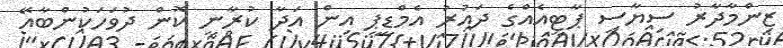
ޒިންމާދާރު ސިޔާސީ ޕާޓީއެއްގެ ދައުރު އެމްޑީޕީ އިން އަދާ ކުރާނީ ކޮން ދުވަހަކުންބާއޭ